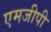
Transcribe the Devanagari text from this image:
एमजीपी